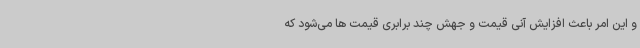
و این امر باعث افزایش آنی قیمت و جهش چند برابری قیمت ها می‌شود که